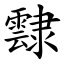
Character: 霴